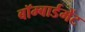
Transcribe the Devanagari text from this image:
बॉम्बार्डमेंट